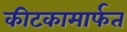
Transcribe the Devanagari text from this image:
कीटकामार्फत